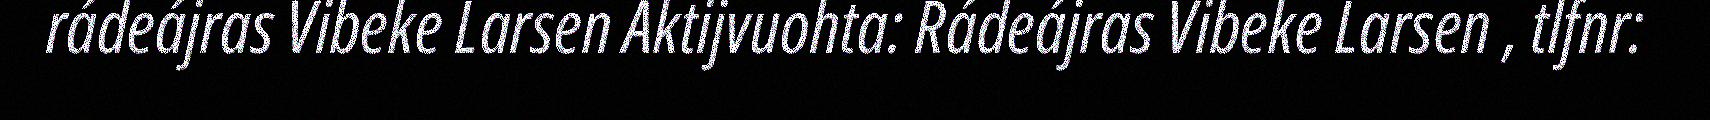
rádeájras Vibeke Larsen Aktijvuohta: Rádeájras Vibeke Larsen , tlfnr: